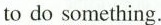
to do something.